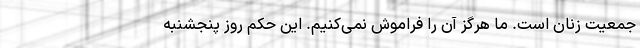
جمعیت زنان است. ما هرگز آن را فراموش نمی‌کنیم. این حکم روز پنجشنبه